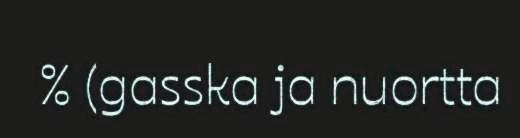
% (gasska ja nuortta